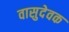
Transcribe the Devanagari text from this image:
वासुदेवक